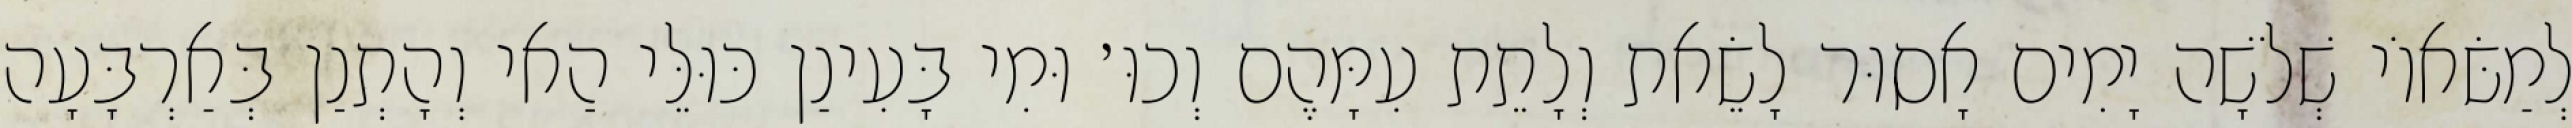
לְמַשּׂאוֹי שְׁלֹשָׁה יָמִים אָסוּר לָשֵׂאת וְלָתֵת עִמָּהֶם וְכוּ׳ וּמִי בָּעִינַן כּוּלֵּי הַאי וְהָתְנַן בְּאַרְבָּעָה